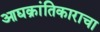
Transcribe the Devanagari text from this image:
आद्यक्रांतिकाराचा